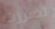
تضررت